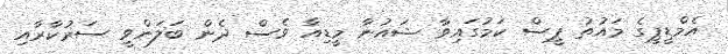
އެމްޑީޕީގެ މައުތު ޕީސް ކަމުގައިވާ ޝައުނާ މީޑިއާ ވެސް ދެން ބަލަންވީ ސަރުކާރާއި